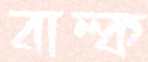
বাল্ক